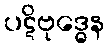
ပဋိဗုဒ္ဓေန